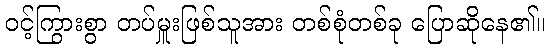
ဝင့်ကြွားစွာ တပ်မှူးဖြစ်သူအား တစ်စုံတစ်ခု ပြောဆိုနေ၏။